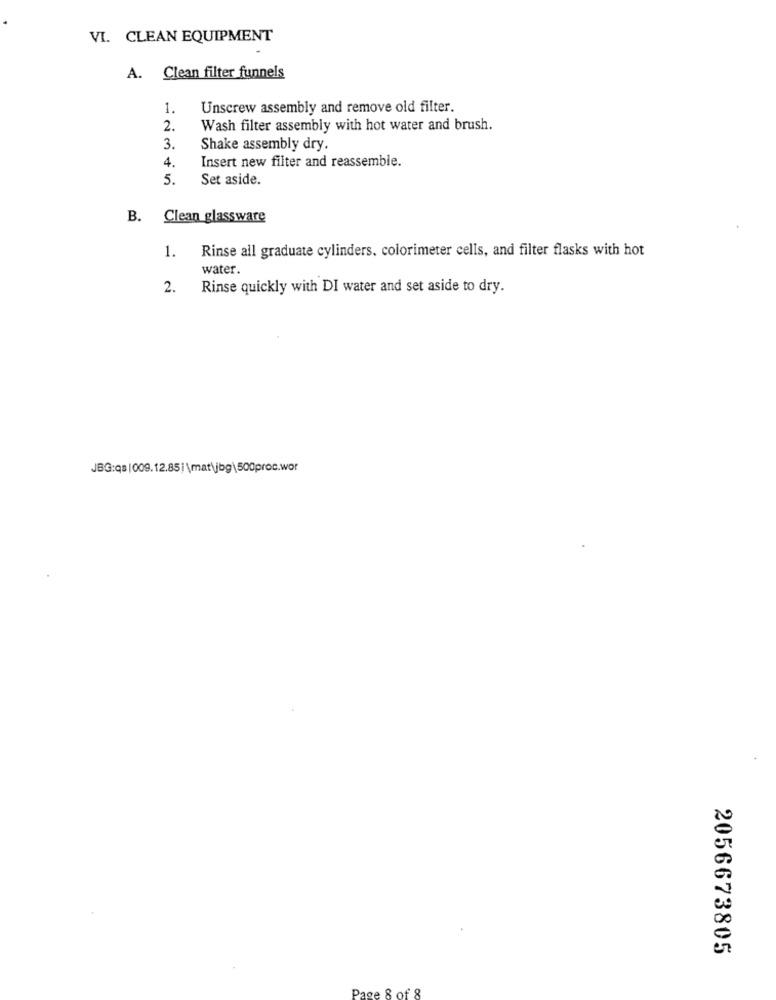
VI. CLEAN EQUIPMENT
A. Clean filter funnels
1.
Unscrew assembly and remove old filter.
2.
Wash filter assembly with hot water and brush.
3.
Shake assembly dry.
4.
Insert new filter and reassemble.
5.
Set aside.
B. Clean glassware
Rinse all graduate cylinders. colorimeter cells, and filter flasks with hot
1.
water.
2.
Rinse quickly with DI water and set aside to dry.
JBG:qs |009.12.85|\mat\jbg\500proc.wor
2056673805
Page
of 8